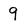
Character: 9